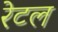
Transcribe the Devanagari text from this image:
रेटल